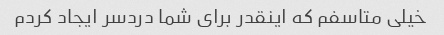
خیلی متاسفم که اینقدر برای شما دردسر ایجاد کردم